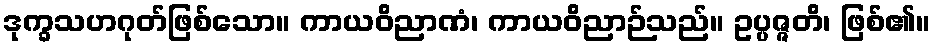
ဒုက္ခသဟဂုတ်ဖြစ်သော။ ကာယဝိညာဏံ၊ ကာယဝိညာဉ်သည်။ ဥပ္ပဇ္ဇတိ၊ ဖြစ်၏။